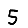
Digit: 5